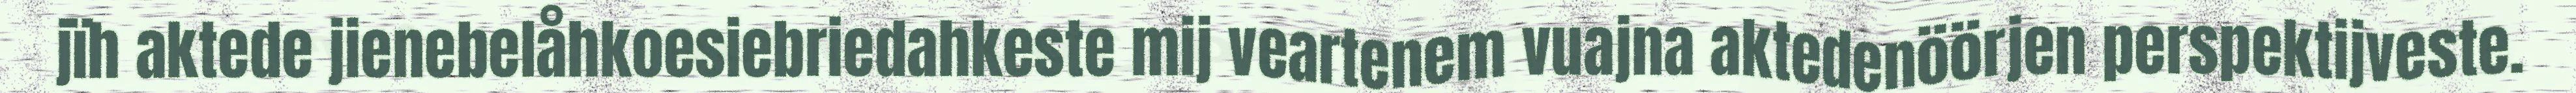
jïh aktede jienebelåhkoesiebriedahkeste mij veartenem vuajna aktedenöörjen perspektijveste.